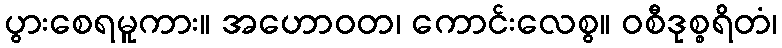
ပွားစေရမူကား။ အဟောဝတ၊ ကောင်းလေစွ။ ဝစီဒုစ္စရိတံ၊